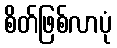
စိတ်ဖြစ်လာပုံ